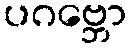
ပဂဗ္ဘော